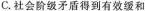
C.社会阶级矛盾得到有效缓和